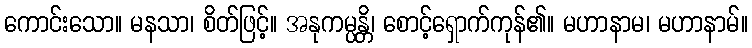
ကောင်းသော။ မနသာ၊ စိတ်ဖြင့်။ အနုကမ္ပန္တိ၊ စောင့်ရှောက်ကုန်၏။ မဟာနာမ၊ မဟာနာမ်။